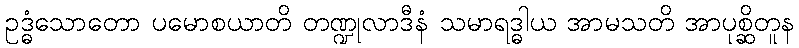
ဥဒ္ဓံသောတော ပမောစယာတိ တဏ္ဍုလာဒီနံ သမာရဒ္ဓါယ အာမသတိ အာပုစ္ဆိတူန